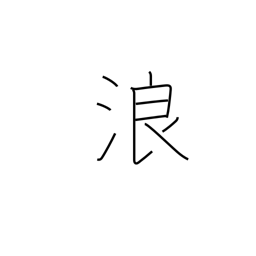
Meaning: wandering